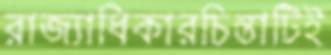
রাজ্যাধিকারচিন্তাটিই